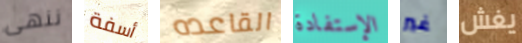
ننهى أسفة القاعده الإستفادة غير يغش